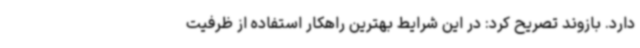
دارد. بازوند تصریح کرد: در این شرایط بهترین راهکار استفاده از ظرفیت